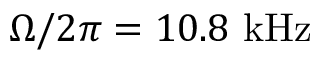
\Omega / 2 \pi = 1 0 . 8 ~ \mathrm { { k H z } }